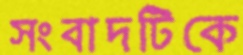
সংবাদটিকে